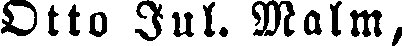
Otto Jul. Malm,